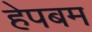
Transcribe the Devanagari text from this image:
हेपबम